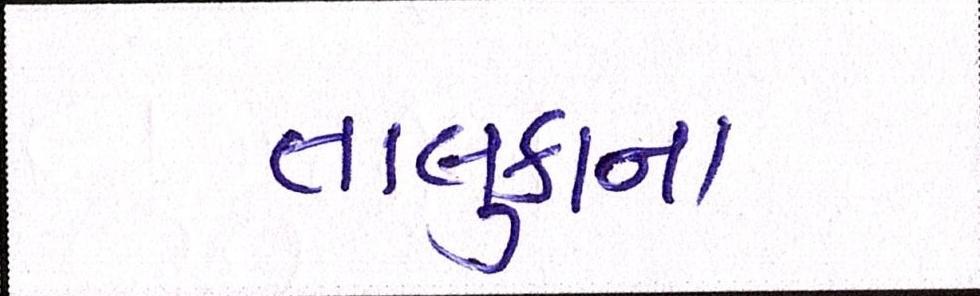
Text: તાલુકાના